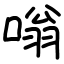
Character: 嗡